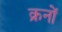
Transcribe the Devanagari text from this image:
क्रनों